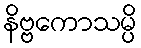
နိဗ္ဗကောသမ္ပိ